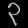
Digit: ၃